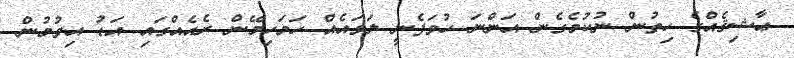
ޢާޝިޤެއްގެ ހިތުން ނުކުމެގެން އަންނަ ހުވަފެނީ ލަވައެއް ހަމަހިމޭން ރެއެއްގައި އަޑު އިވުމުން